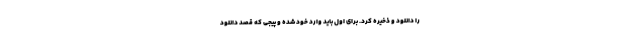
را دانلود و ذخیره کرد. برای اول باید وارد خود شده و پیجی که قصد دانلود